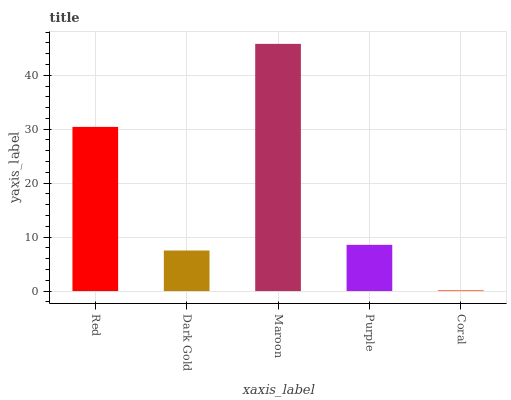
| xaxis_label | bars |
 | --- | --- |
 | Red | 30.4 |
 | Dark Gold | 7.51 |
 | Maroon | 45.8 |
 | Purple | 8.57 |
 | Coral | 0.193 |